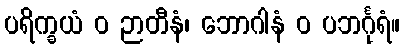
ပရိက္ခယံ ဝ ဉာတီနံ၊ ဘောဂါနံ ဝ ပဘင်္ဂုရံ။